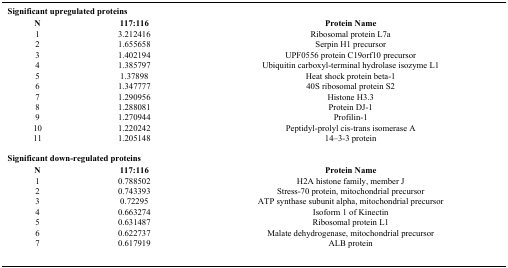
<table><thead><tr><td colspan="3"><b>Significant upregulated proteins</b></td></tr><tr><td><b>N</b></td><td><b>117:116</b></td><td><b>Protein Name</b></td></tr></thead><tbody><tr><td>1</td><td>3.212416</td><td>Ribosomal protein L7a</td></tr><tr><td>2</td><td>1.655658</td><td>Serpin H1 precursor</td></tr><tr><td>3</td><td>1.402194</td><td>UPF0556 protein C19orf10 precursor</td></tr><tr><td>4</td><td>1.385797</td><td>Ubiquitin carboxyl-terminal hydrolase isozyme L1</td></tr><tr><td>5</td><td>1.37898</td><td>Heat shock protein beta-1</td></tr><tr><td>6</td><td>1.347777</td><td>40S ribosomal protein S2</td></tr><tr><td>7</td><td>1.290956</td><td>Histone H3.3</td></tr><tr><td>8</td><td>1.288081</td><td>Protein DJ-1</td></tr><tr><td>9</td><td>1.270944</td><td>Profilin-1</td></tr><tr><td>10</td><td>1.220242</td><td>Peptidyl-prolyl cis-trans isomerase A</td></tr><tr><td>11</td><td>1.205148</td><td>14–3-3 protein</td></tr><tr><td colspan="3"><b>Significant down-regulated proteins</b></td></tr><tr><td><b>N</b></td><td><b>117:116</b></td><td><b>Protein Name</b></td></tr><tr><td>1</td><td>0.788502</td><td>H2A histone family, member J</td></tr><tr><td>2</td><td>0.743393</td><td>Stress-70 protein, mitochondrial precursor</td></tr><tr><td>3</td><td>0.72295</td><td>ATP synthase subunit alpha, mitochondrial precursor</td></tr><tr><td>4</td><td>0.663274</td><td>Isoform 1 of Kinectin</td></tr><tr><td>5</td><td>0.631487</td><td>Ribosomal protein L1</td></tr><tr><td>6</td><td>0.622737</td><td>Malate dehydrogenase, mitochondrial precursor</td></tr><tr><td>7</td><td>0.617919</td><td>ALB protein</td></tr></tbody></table>